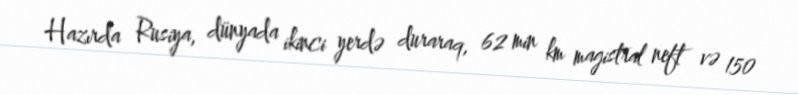
Hazırda Rusiya, dünyada ikinci yerdə duraraq, 62 min km magistral neft və 150